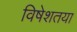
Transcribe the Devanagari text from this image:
विषेशतया